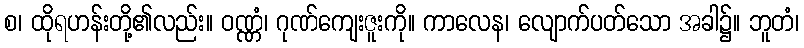
စ၊ ထိုရဟန်းတို့၏လည်း။ ဝဏ္ဏံ၊ ဂုဏ်ကျေးဇူးကို။ ကာလေန၊ လျောက်ပတ်သော အခါ၌။ ဘူတံ၊